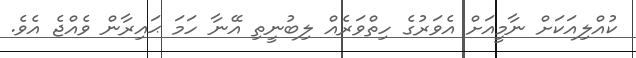
ކުއްލިއަކަށް ނާމީއަށް އެވަރުގެ ހިތްވަރެއް ލިބުނީތި އޭނާ ހަމަ ޙައިރާން ވެއްޖެ އެވެ.